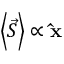
\ensuremath { \left\langle { \vec { S } } \right\rangle } \propto \ensuremath { \mathbf { \hat { x } } }